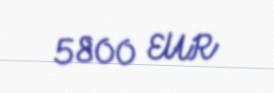
5800 EUR